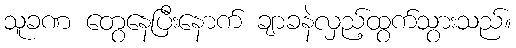
သူခဏ တွေနေပြီးနောက် ချာခနဲလှည့်ထွက်သွားသည်။